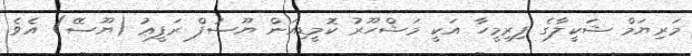
މަރިޔަމް ޝަކީލާގެ ފިރިމީހާ އަކީ މަޝްހޫރު ކޮމީޑިއަން ޔޫސުފް ރަފީޢު (ޔޫސޭ) އެވެ.